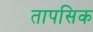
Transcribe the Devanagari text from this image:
तापसिक